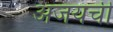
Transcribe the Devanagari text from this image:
अजयची